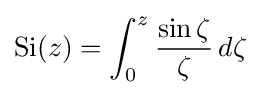
{\text{Si}}(z)=\int _{0}^{z}{\frac {\sin \zeta }{\zeta }}\,d\zeta